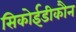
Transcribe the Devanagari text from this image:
सिकोईडीकौन